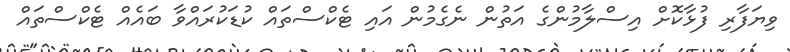
ވިޔަފާރި ފުޅާކޮށް އިސްލާމުންގެ އަތުން ނެގެމުން އައި ޓެކްސްތައް ކުޑަކުރައްވާ ބައެއް ޓެކްސްތައް